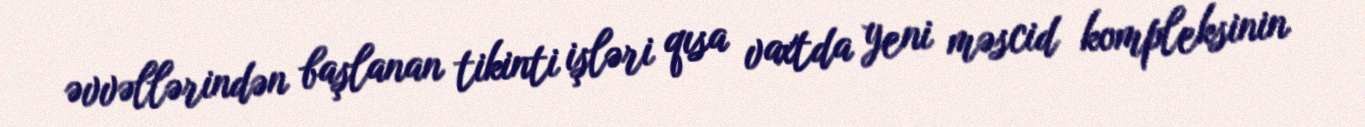
əvvəllərindən başlanan tikinti işləri qısa vaxtda yeni məscid kompleksinin